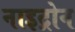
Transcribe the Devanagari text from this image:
नाइट्रोन